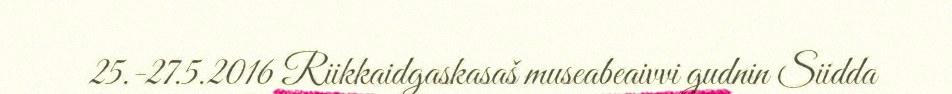
25.-27.5.2016 Riikkaidgaskasaš museabeaivvi gudnin Siidda